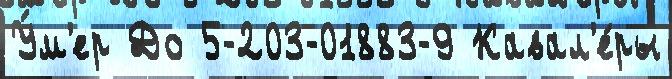
У́м'ер До 5-203-01883-9 Кавал'е́ры